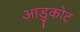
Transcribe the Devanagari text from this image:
आडुकोट